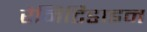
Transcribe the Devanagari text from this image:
रैनिटिडाइन